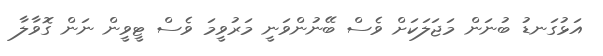
އަޅުގަނޑު ބުނަން މަޖަލަކަށް ވެސް ބޭނުންވަނީ މަރުވީމަ ވެސް ޓީވީން ނަން ގޮވާލާ